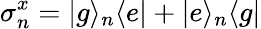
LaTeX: \sigma_{n}^{x}=|g\rangle_{n}\langle e|+|e\rangle_{n}\langle g|